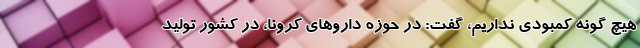
هیچ گونه کمبودی نداریم، گفت: در حوزه داروهای کرونا، در کشور تولید